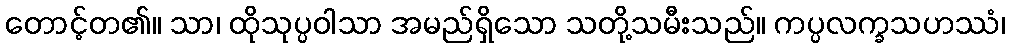
တောင့်တ၏။ သာ၊ ထိုသုပ္ပဝါသာ အမည်ရှိသော သတို့သမီးသည်။ ကပ္ပလက္ခသဟဿံ၊